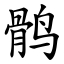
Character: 鹘